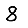
Digit: 8